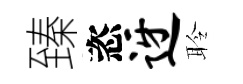
臻恣迓聆